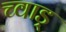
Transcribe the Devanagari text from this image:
च्वाड़्